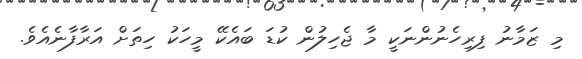
މި ޒަމާނު ފިރިހެނުންނަކީ މާ ޖެހިލުން ކުޑަ ބައެކޭ މީހަކު ހިތަށް އަރާފާނެއެވެ.